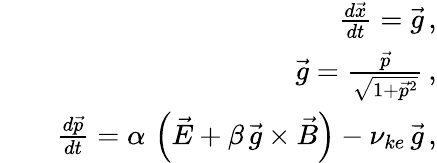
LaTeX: \begin{array}{rlr}&{}&{\frac{d\vec{x}}{dt}=\vec{g}\, ,}\\ &{}&{\vec{g}=\frac{\vec{p}}{\sqrt{1+\vec{p}^{2}}}\, ,}\\ &{}&{\frac{d\vec{p}}{dt}=\alpha\, \left(\vec{E}+\beta\, \vec{g}\times\vec{B}\right)-\nu_{ke}\, \vec{g}\, ,}\end{array}